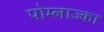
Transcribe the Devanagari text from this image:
पोम्लाज्का